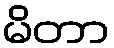
မိတာ